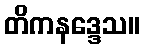
တိကနဒ္ဒေသ။